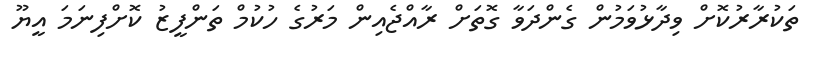
ތަކުރާރުކޮށް ވިދާޅުވަމުން ގެންދަވާ ގޮތަށް ރާއްޖެއިން މަރުގެ ހުކުމް ތަންފީޒު ކޮށްފިނަމަ އީޔޫ